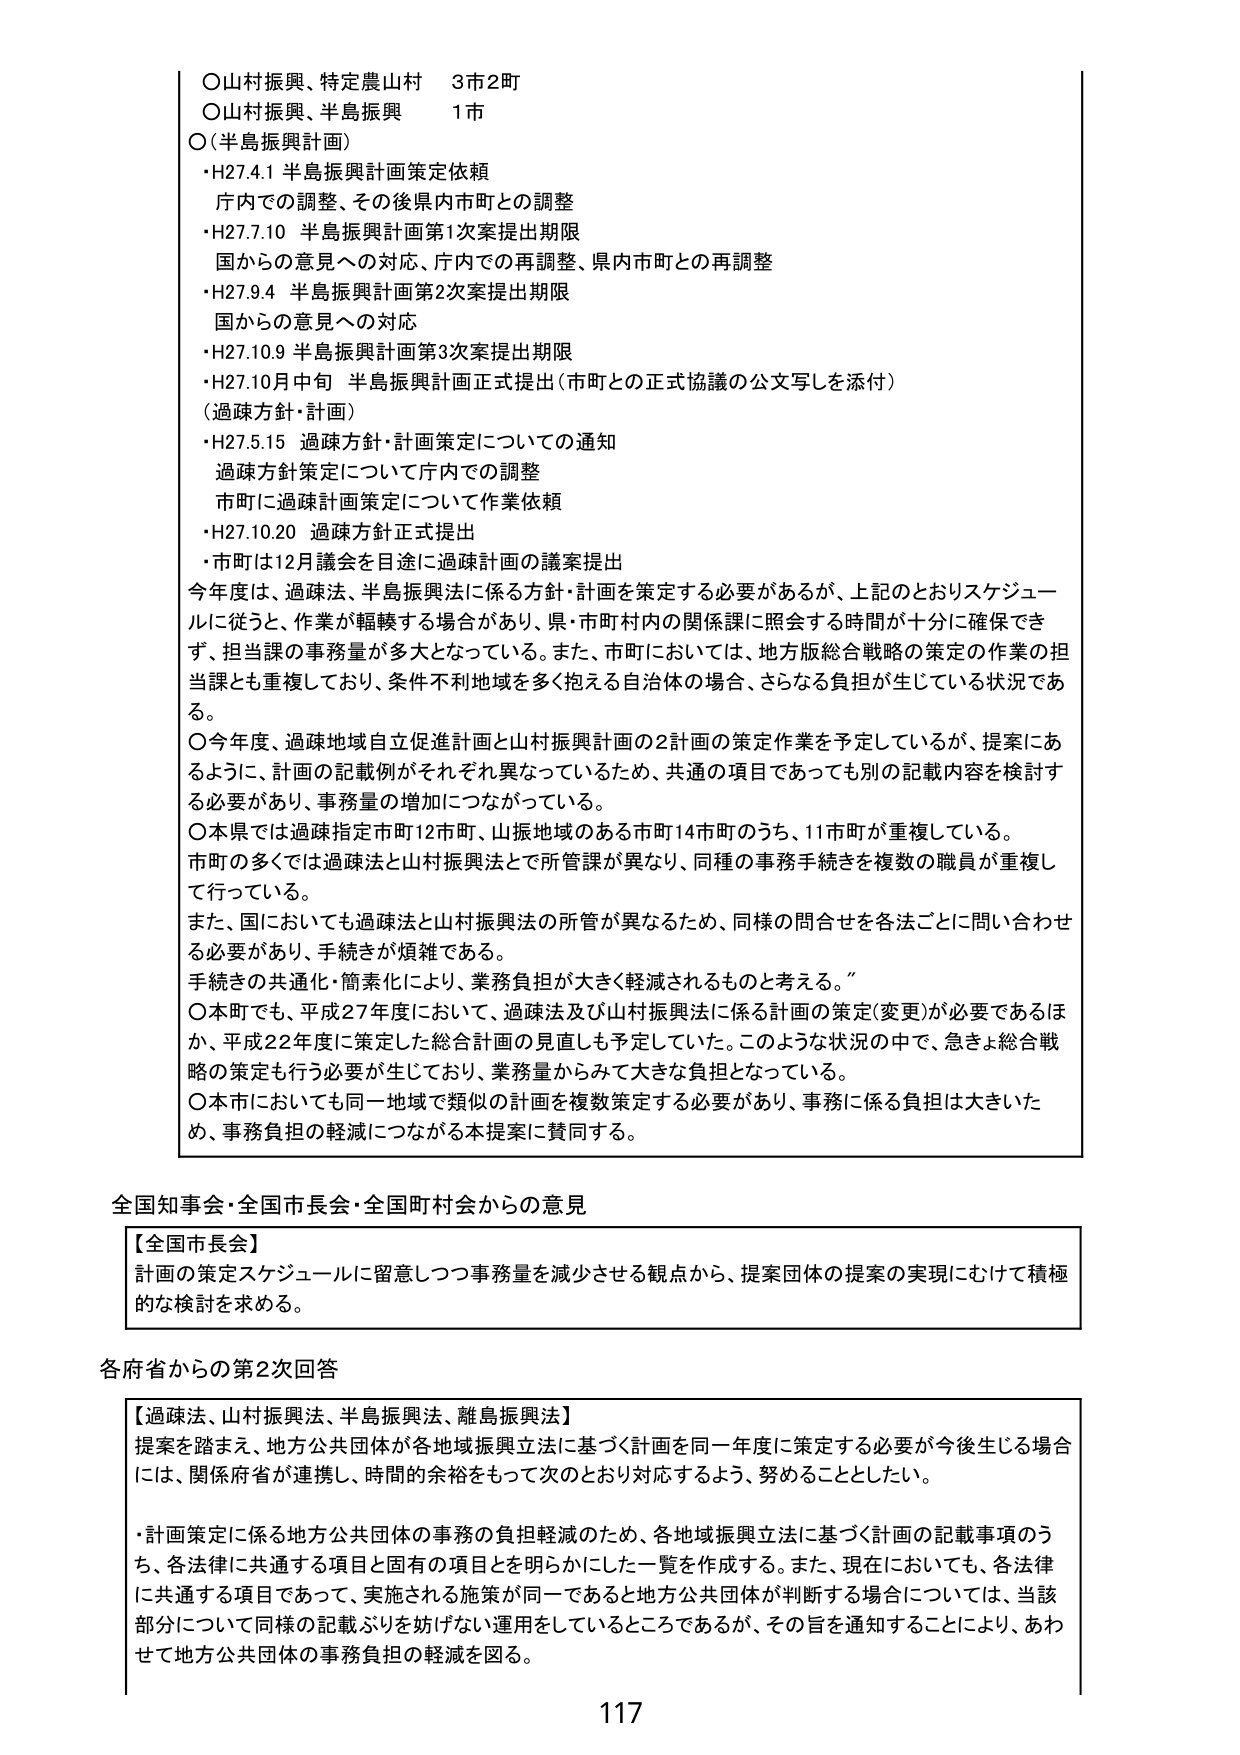
○山村振興、特定農山村　3市2町
○山村振興、半島振興　1市
○（半島振興計画）
・H27.4.1 半島振興計画策定依頼
　庁内での調整、その後県内市町との調整
・H27.7.10 半島振興計画第1次案提出期限
　国からの意見への対応、庁内での再調整、県内市町との再調整
・H27.9.4 半島振興計画第2次案提出期限
　国からの意見への対応
・H27.10.9 半島振興計画第3次案提出期限
・H27.10月中旬 半島振興計画正式提出（市町との正式協議の公文写しを添付）
（過疎方針・計画）
・H27.5.15 過疎方針・計画策定についての通知
　過疎方針策定について庁内での調整
　市町に過疎計画策定について作業依頼
・H27.10.20 過疎方針正式提出
　・市町は12月議会を目途に過疎計画の議案提出

今年度は、過疎法、半島振興法に係る方針・計画を策定する必要があるが、上記のとおりスケジュールに従うと、作業が軸轢する場合があり、県・市町村内の関係課に照会する時間が十分に確保できず、担当課の事務量が多大となっている。また、市町においては、地方版総合戦略の策定の作業の担当課とも重複しており、条件不利地域を多く抱える自治体の場合、さらなる負担が生じている状況である。

○今年度、過疎地域自立促進計画と山村振興計画の2計画の策定作業を予定しているが、提案にあるように、計画の記載例がそれぞれ異なっているため、共通の項目であっても別の記載内容を検討する必要があり、事務量の増加につながっている。

○本県では過疎指定市町12市町、山振地域のある市町14市町のうち、11市町が重複している。
市町の多くでは過疎法と山村振興法とで所管課が異なり、同種の事務手続きを複数の職員が重複して行っている。

また、国においても過疎法と山村振興法の所管が異なるため、同様の問合せを各法ごとに問い合わせる必要があり、手続きが煩雑である。
手続きの共通化・簡素化により、業務負担が大きく軽減されるものと考える。

○本町でも、平成27年度において、過疎法及び山村振興法に係る計画の策定（変更）が必要であるほか、平成22年度に策定した総合計画の見直しも予定していた。このような状況の中で、急きょ総合戦略の策定も行う必要が生じており、業務量からみて大きな負担となっている。

○本市においても同一地域で類似の計画を複数策定する必要があり、事務に係る負担は大きいため、事務負担の軽減につながる本提案に賛同する。

全国知事会・全国市長会・全国町村会からの意見

【全国市長会】
計画の策定スケジュールに留意しつつ事務量を減少させる観点から、提案団体の提案の実現にむけて積極的な検討を求める。

各府省からの第2次回答

【過疎法、山村振興法、半島振興法、離島振興法】
提案を踏まえ、地方公共団体が各地域振興立法に基づく計画を同一年度に策定する必要が今後生じる場合には、関係府省が連携し、時間の余裕をもって次のとおり対応するよう、努めることとしたい。

・計画策定に係る地方公共団体の事務の負担軽減のため、各地域振興立法に基づく計画の記載事項のうち、各法律に共通する項目と固有の項目を明らかにした一覧を作成する。また、現在においても、各法律に共通する項目であって、実施される施策が同一であると地方公共団体が判断する場合については、当該部分について同様の記載ぶりを妨げない運用をしているところであるが、その旨を通知することにより、あわせて地方公共団体の事務負担の軽減を図る。

117